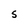
Character: S